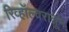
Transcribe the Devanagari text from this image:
रिव्हॉल्वरातून